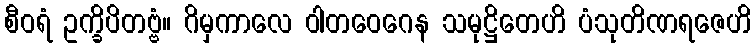
စီဝရံ ဥက္ခိပိတဗ္ဗံ။ ဂိမှကာလေ ဝါတဝေဂေန သမုဋ္ဌိတေဟိ ပံသုတိဏရဇေဟိ